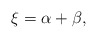
\begin{align*}\xi = \alpha + \beta,\end{align*}